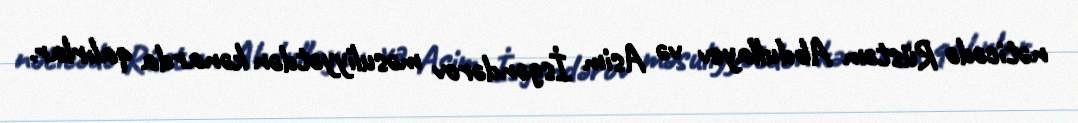
nəticədə Rüstəm Abdullayev və Asim İsgəndərov məsuliyyətdən kənarda qalırlar.